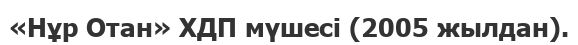
«Нұр Отан» ХДП мүшесі (2005 жылдан).